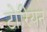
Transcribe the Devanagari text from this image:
टोरियन